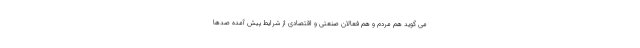
می گوید هم مردم و هم فعالان صنعتی و اقتصادی از شرایط پیش آمده صدها